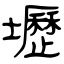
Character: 壢